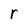
Character: r